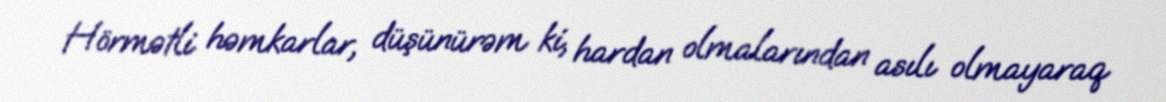
Hörmətli həmkarlar, düşünürəm ki, hardan olmalarından asılı olmayaraq